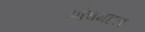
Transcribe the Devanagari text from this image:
पांचमहल